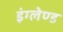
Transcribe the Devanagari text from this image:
इंग्लेण्ड